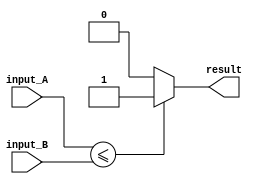
module less_than_or_equal (
    input wire [3:0] input_A,
    input wire [3:0] input_B,
    output reg result
);

always @(*)
begin
    if (input_A <= input_B)
        result = 1;
    else
        result = 0;
end

endmodule